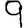
Digit: 9